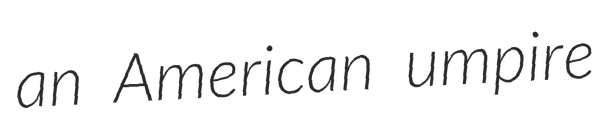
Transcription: an American umpire